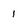
Character: 1